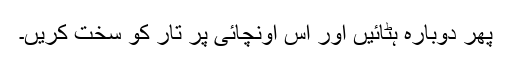
پھر دوبارہ ہٹائیں اور اس اونچائی پر تار کو سخت کریں۔